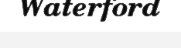
Waterford